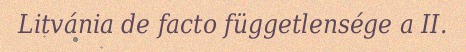
Litvánia de facto függetlensége a II.